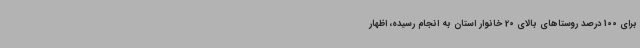
برای 100 درصد روستاهای بالای 20 خانوار استان به انجام رسیده، اظهار